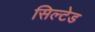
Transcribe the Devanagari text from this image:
सिल्टेड